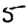
Digit: 5